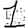
Digit: 1